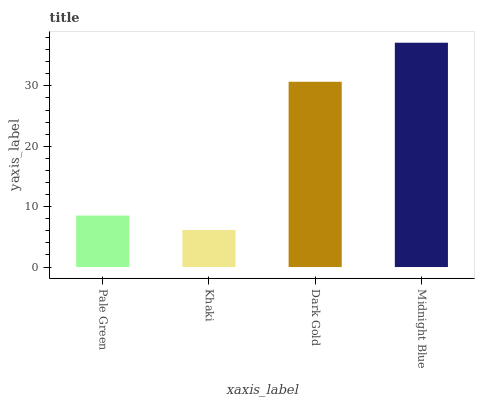
| xaxis_label | bars |
 | --- | --- |
 | Pale Green | 8.52 |
 | Khaki | 6.13 |
 | Dark Gold | 30.7 |
 | Midnight Blue | 37.1 |